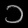
Digit: ၁